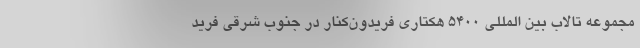
مجموعه تالاب بین المللی ۵۴۰۰ هکتاری فریدون‌کنار در جنوب شرقی فرید